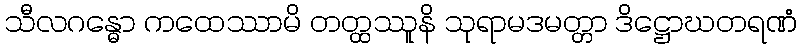
သီလဂန္ဓော ကထေဿာမိ တတ္ထဿူနိ သုရာမဒမတ္တာ ဒိဋ္ဌောဃတရဏံ